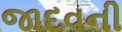
જાદવની